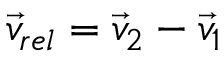
\vec { v } _ { r e l } = \vec { v } _ { 2 } - \vec { v } _ { 1 }